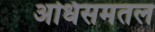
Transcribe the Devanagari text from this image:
अधिसमतल